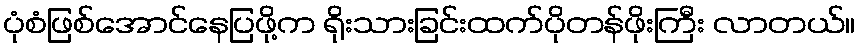
ပုံစံဖြစ်အောင်နေပြဖို့က ရိုးသားခြင်းထက်ပိုတန်ဖိုးကြီး လာတယ်။